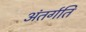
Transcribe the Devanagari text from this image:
अंतर्गति